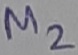
Text: M2